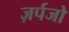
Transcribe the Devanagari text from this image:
ज़र्पजो